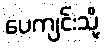
ပေကျင်းသို့